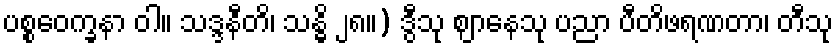
ပစ္စဝေက္ခနာ ဝါ။ သဒ္ဒနီတိ၊ သန္ဓိ ၂၈။) ဒွီသု ဈာနေသု ပညာ ပီတိဖရဏတာ၊ တီသု